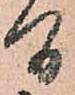
間